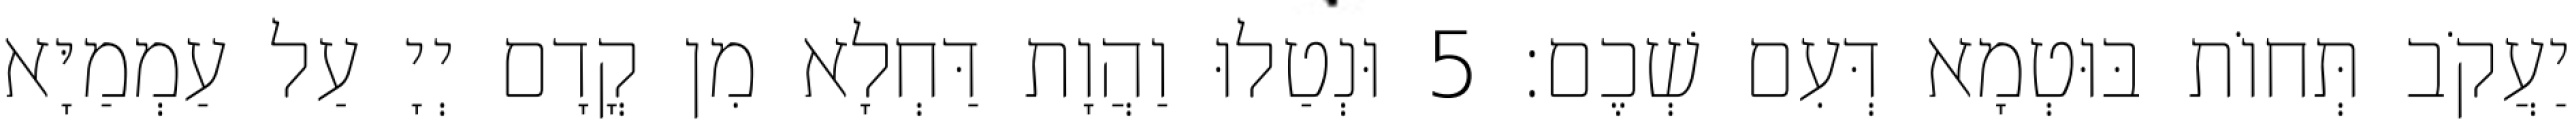
יַעֲקֹב תְּחוֹת בּוּטְמָא דְּעִם שְׁכֶם׃ 5 וּנְטַלוּ וַהֲוָת דַּחְלָא מִן קֳדָם יְיָ עַל עַמְמַיָּא